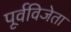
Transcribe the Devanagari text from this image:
पूर्वविजेता